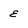
Character: e